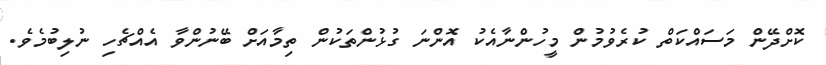
ކޮށްދޭން މަސައްކަތް ކުރެވުމުން މީހުންނާއެކު އޮންނަ ގުޅުންތަކުން ތިމާއަށް ބޭނުންވާ އެއްޗެހި ނުލިބުމެވެ.